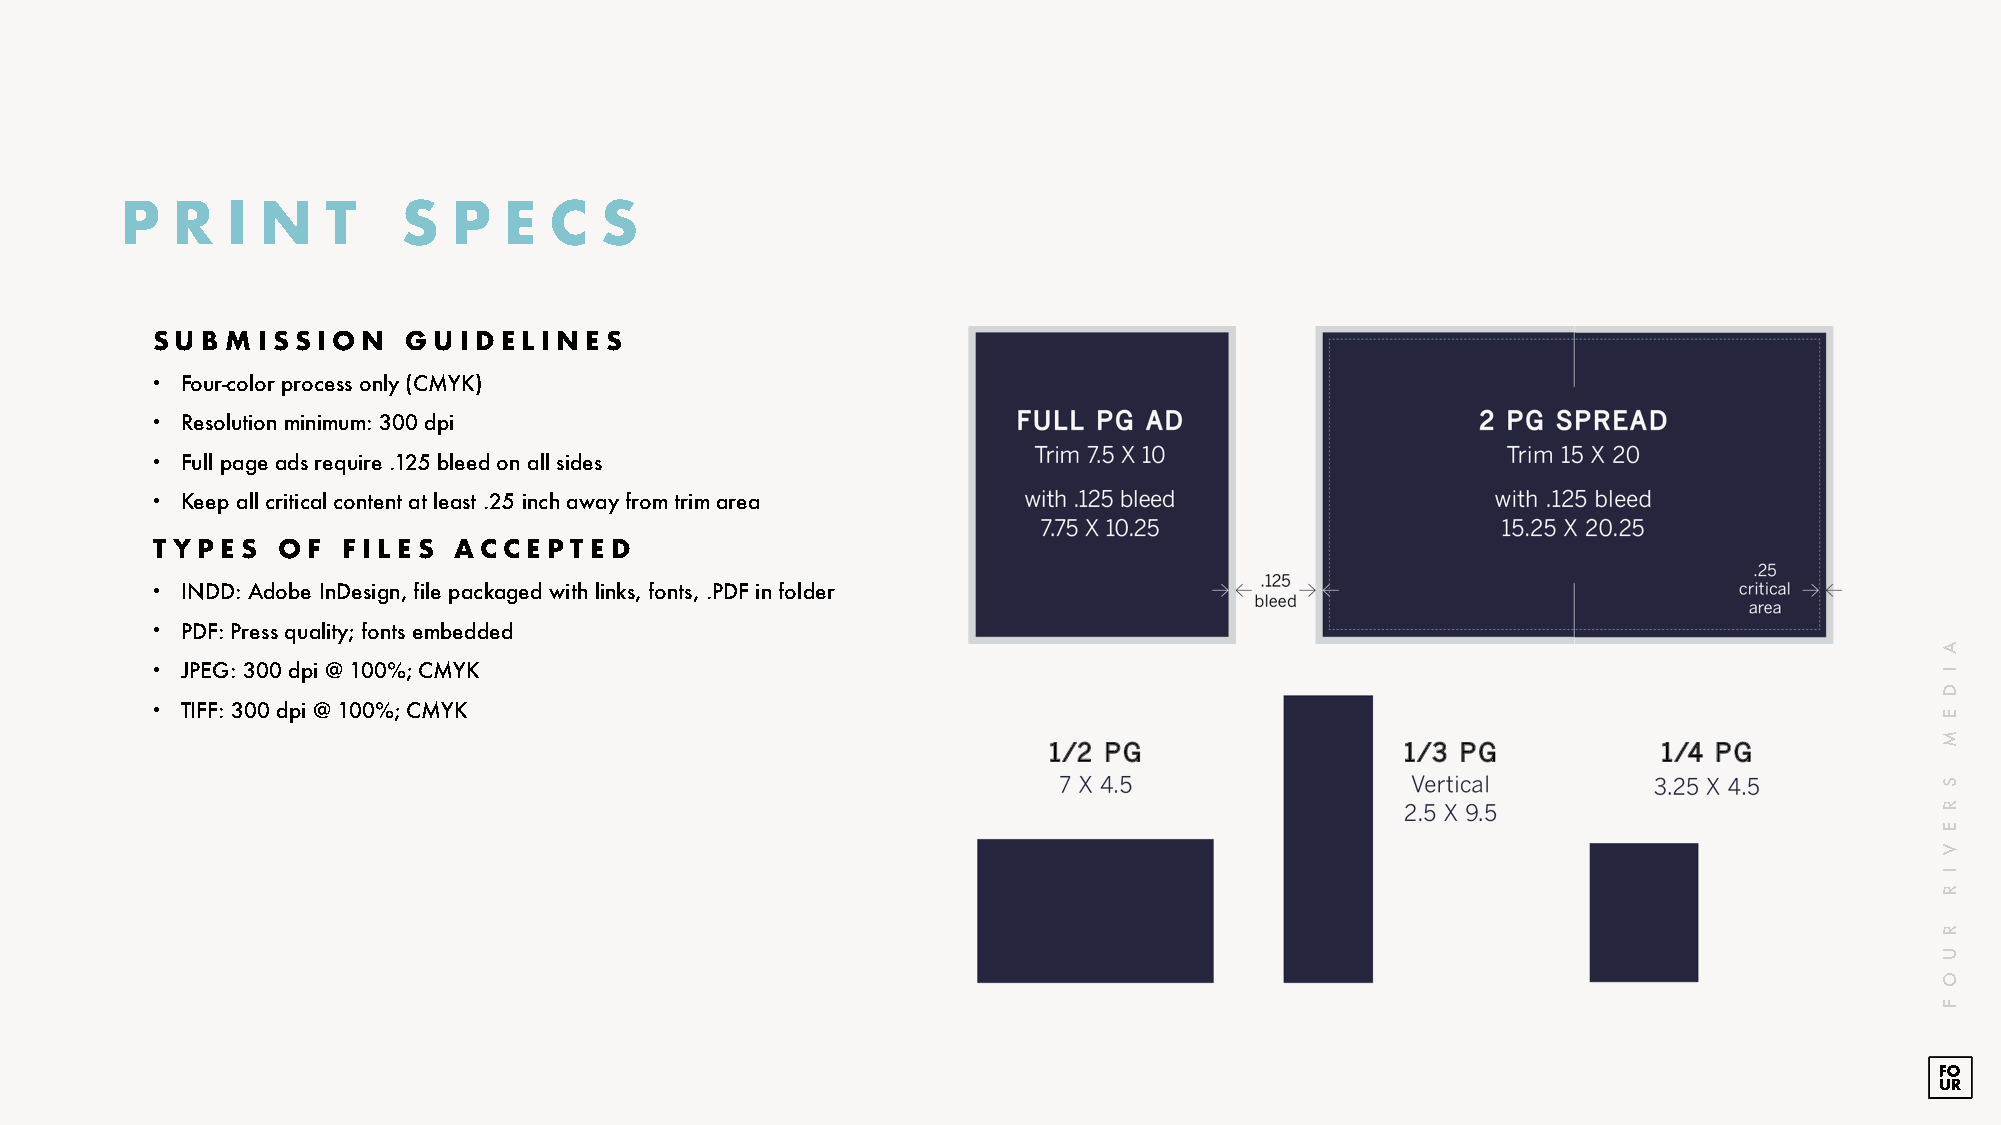
P  R   I N    T    S  P  E  C   S
 SUBMISSIO     N  GUID  ELINE  S
 • Four-color process only (CMYK)
 • Resolution minimum: 300 dpi
 • Full page ads require .125 bleed on all sides
 • Keep all critical content at least .25 inch away from trim area
 T YP ES OF   F ILE S ACC E PTED
 • INDD: Adobe InDesign, file packaged with links, fonts, .PDF in folder
 • PDF: Press quality; fonts embedded
 • JPEG: 300 dpi @ 100%; CMYK
 • TIFF: 300 dpi @ 100%; CMYK
 A
 I
 D
 E
 M
 S
 R
 E
 V
 I
 R
 R
 U
 O
 F